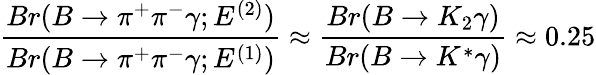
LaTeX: \frac{Br(B\to\pi^{+}\pi^{-}\gamma;E^{(2)})}{Br(B\to\pi^{+}\pi^{-}\gamma;E^{(1)})}\approx\frac{Br(B\to K_{2}\gamma)}{Br(B\to K^{*}\gamma)}\approx 0.25